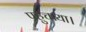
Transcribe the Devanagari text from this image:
पहुचाया।